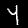
Digit: 4